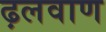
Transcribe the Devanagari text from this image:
ढ़लवाण